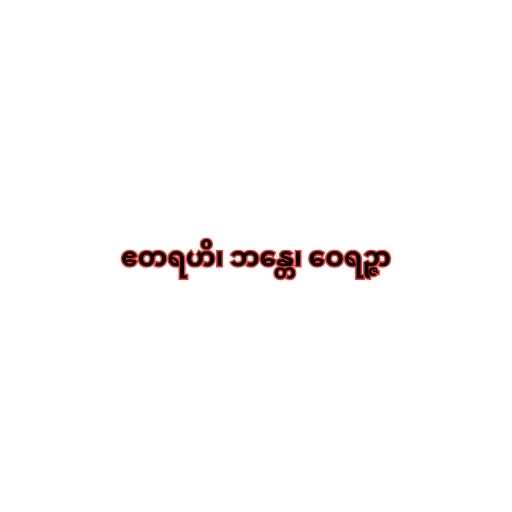
ဧတရဟိ၊ ဘန္တေ၊ ဝေရဉ္ဇာ